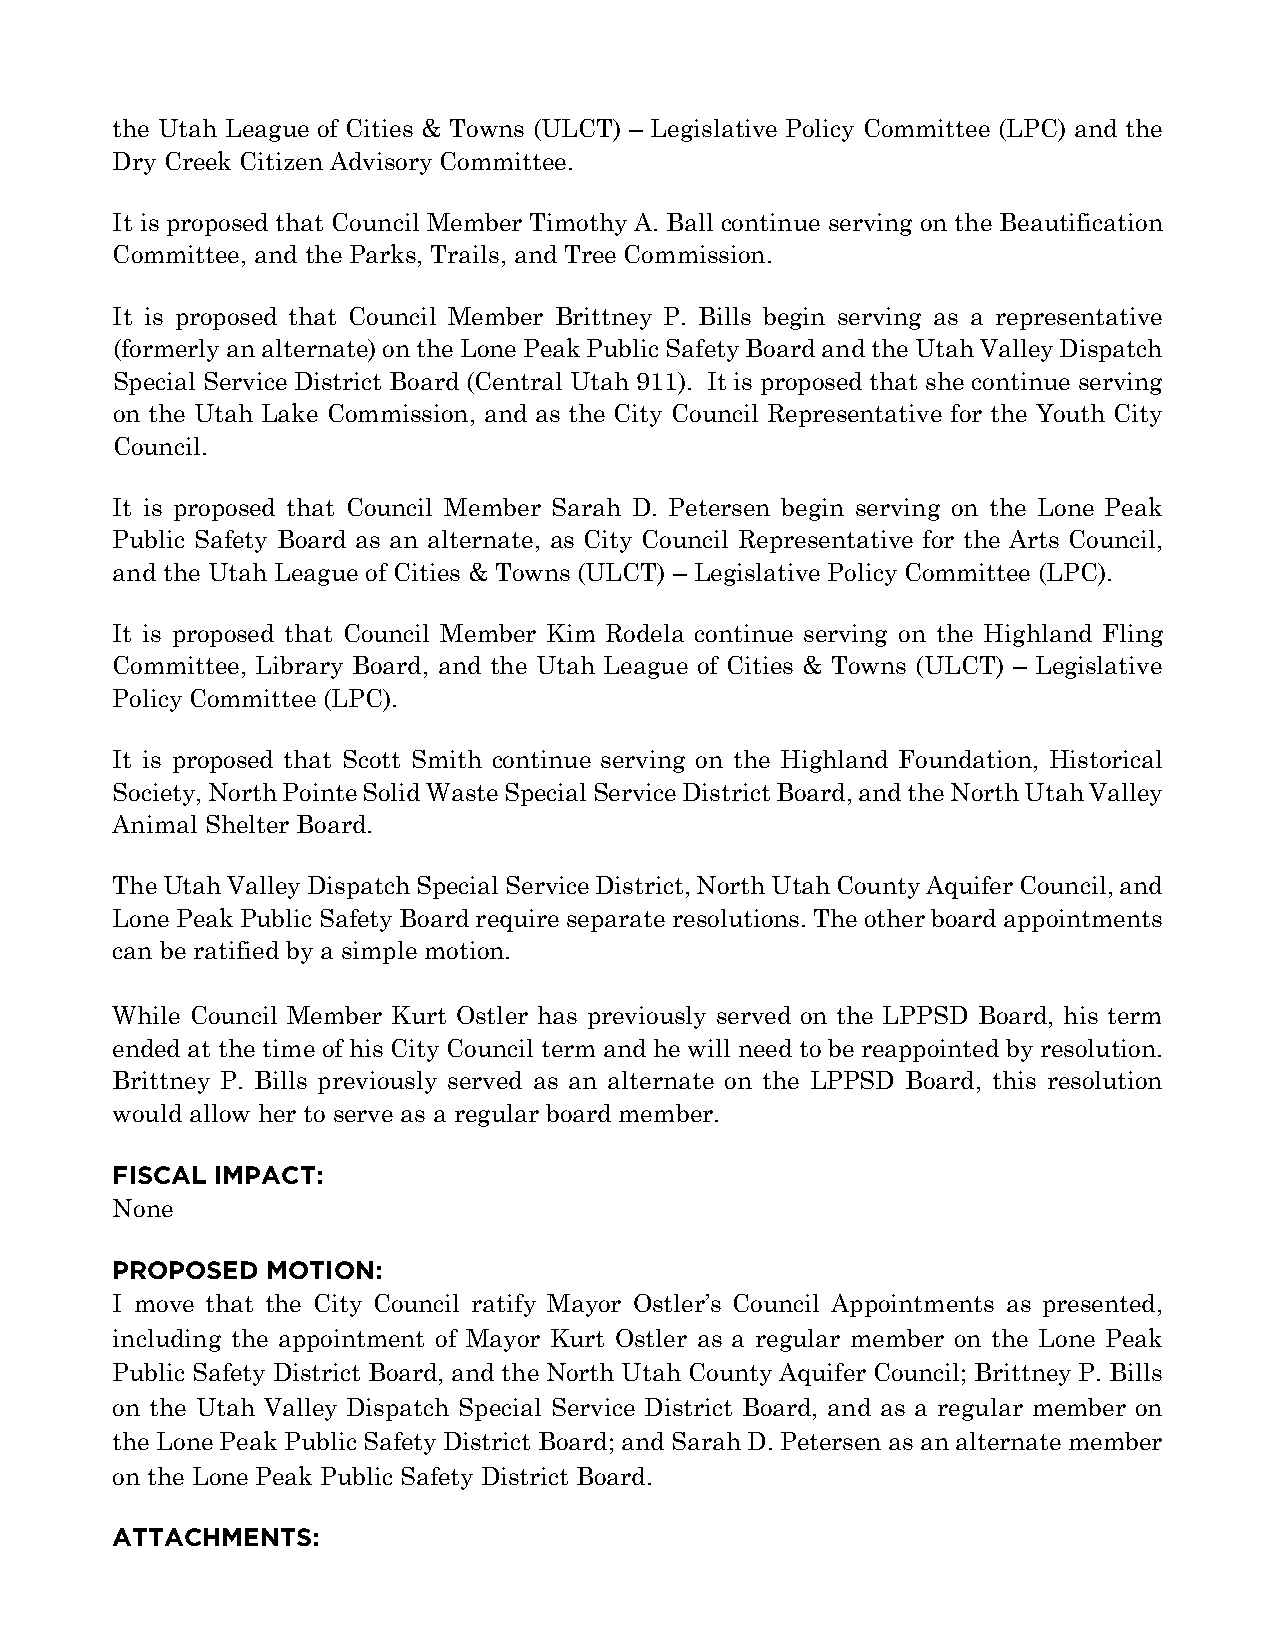
the Utah League of Cities & Towns (ULCT) – Legislative Policy Committee (LPC) and the
 Dry Creek Citizen Advisory Committee.
 It is proposed that Council Member Timothy A. Ball continue serving on the Beautification
 Committee, and the Parks, Trails, and Tree Commission.
 It is proposed that Council Member Brittney P. Bills begin serving as a representative
 (formerly an alternate) on the Lone Peak Public Safety Board and the Utah Valley Dispatch
 Special Service District Board (Central Utah 911). It is proposed that she continue serving
 on the Utah Lake Commission, and as the City Council Representative for the Youth City
 Council.
 It is proposed that Council Member Sarah D. Petersen begin serving on the Lone Peak
 Public Safety Board as an alternate, as City Council Representative for the Arts Council,
 and the Utah League of Cities & Towns (ULCT) – Legislative Policy Committee (LPC).
 It is proposed that Council Member Kim Rodela continue serving on the Highland Fling
 Committee, Library Board, and the Utah League of Cities & Towns (ULCT) – Legislative
 Policy Committee (LPC).
 It is proposed that Scott Smith continue serving on the Highland Foundation, Historical
 Society, North Pointe Solid Waste Special Service District Board, and the North Utah Valley
 Animal Shelter Board.
 The Utah Valley Dispatch Special Service District, North Utah County Aquifer Council, and
 Lone Peak Public Safety Board require separate resolutions. The other board appointments
 can be ratified by a simple motion.
 While Council Member Kurt Ostler has previously served on the LPPSD Board, his term
 ended at the time of his City Council term and he will need to be reappointed by resolution.
 Brittney P. Bills previously served as an alternate on the LPPSD Board, this resolution
 would allow her to serve as a regular board member.
 FISCAL IMPACT:
 None
 PROPOSED   MOTION:
 I move that the City Council ratify Mayor Ostler’s Council Appointments as presented,
 including the appointment of Mayor Kurt Ostler as a regular member on the Lone Peak
 Public Safety District Board, and the North Utah County Aquifer Council; Brittney P. Bills
 on the Utah Valley Dispatch Special Service District Board, and as a regular member on
 the Lone Peak Public Safety District Board; and Sarah D. Petersen as an alternate member
 on the Lone Peak Public Safety District Board.
 ATTACHMENTS: